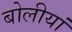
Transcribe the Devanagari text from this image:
बोलीयां